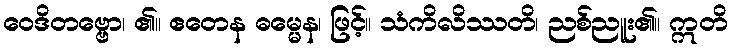
ဝေဒိတဗ္ဗော၊ ၏။ ဧတေန ဓမ္မေန၊ ဖြင့်။ သံကိလိဿတိ၊ ညစ်ညူး၏။ ဣတိ